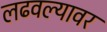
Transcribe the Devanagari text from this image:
लढवल्यावर